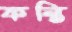
কন্তি